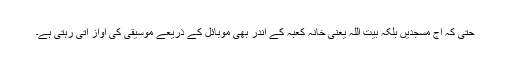
حتیٰ کہ آج مسجدیں بلکہ بیت اللہ یعنی خانہ کعبہ کے اندر بھی موبائل کے ذریعے موسیقی کی آواز آتی رہتی ہے۔